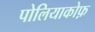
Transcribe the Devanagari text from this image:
पोलियाकोफ़